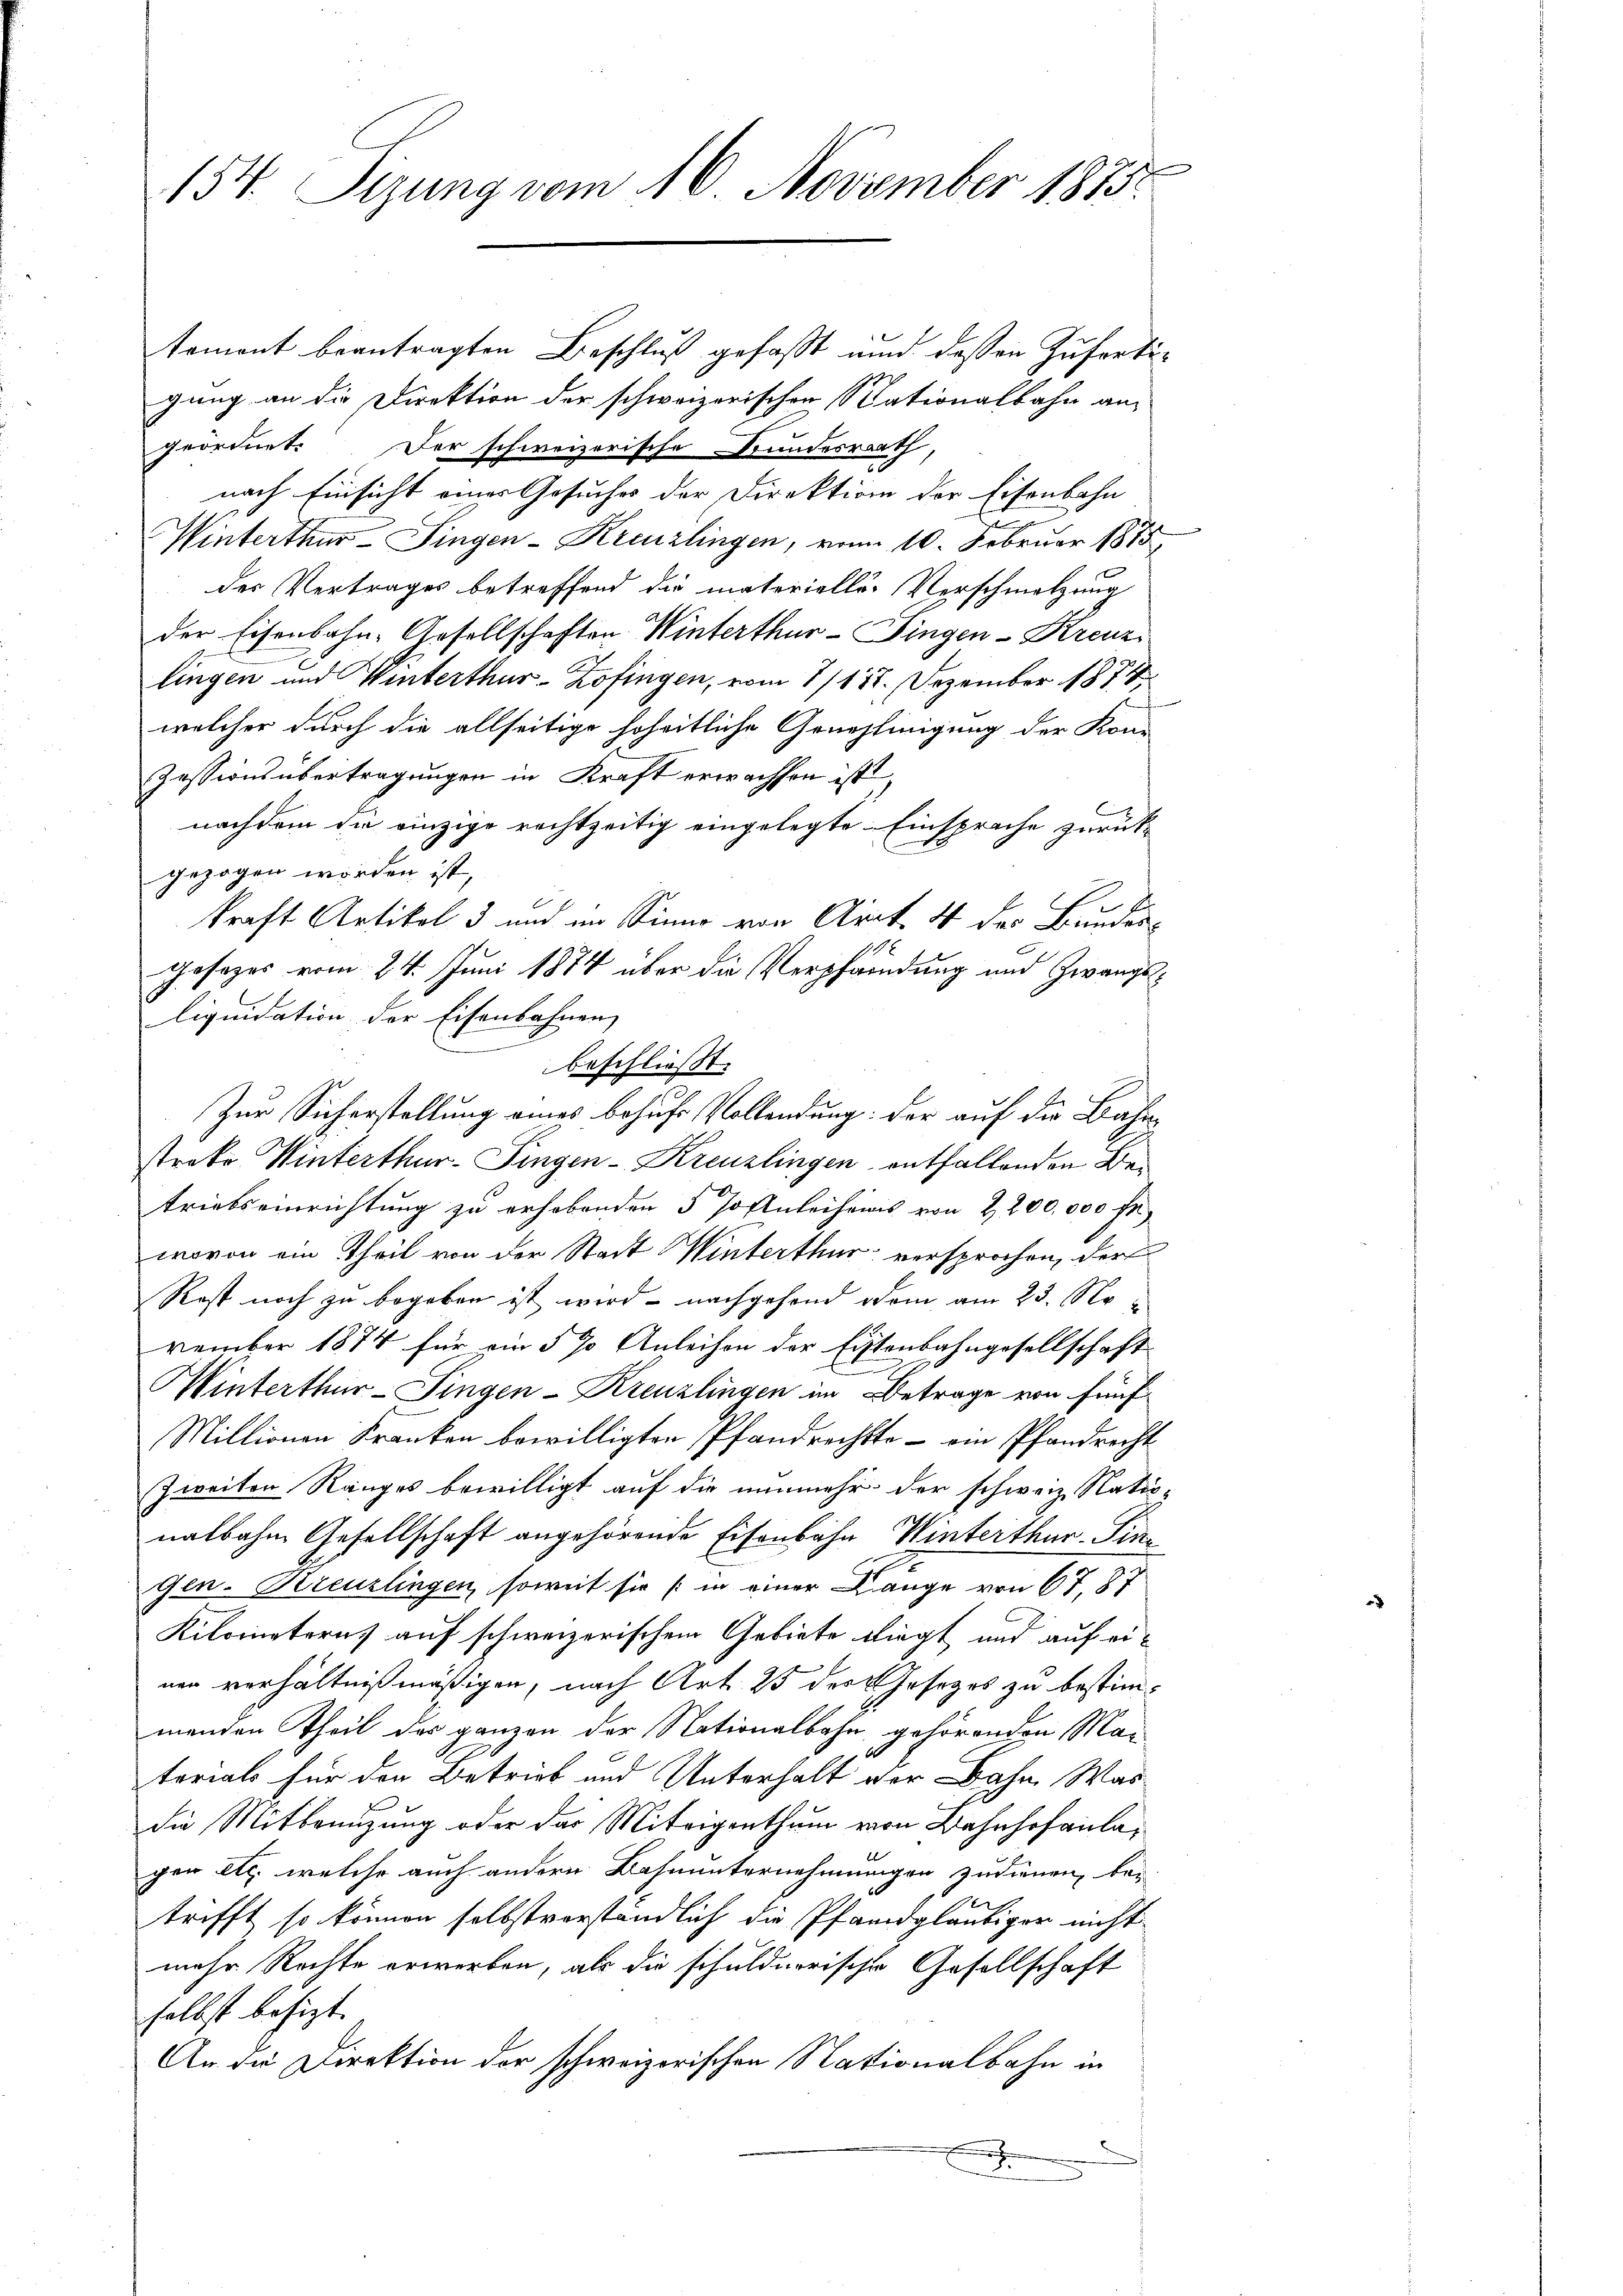
154. Sizung vom 16. November 1875.

temont beantragten Beschluß gefaßt und dessen Zufertigung an die Direktion der schweizerischen Stationalbahn an-
geordnet. Der schweizerische Bundesrath,
nach Einsicht einer Gesuches der Direktion der Eisenbahn
Winterthur–Singen-Kreuzlingen, vom 10. Februar 1875
der Vertrages betreffend die materielle Verschmitzung
der Eisenbahn-Gesellschaften Winterthur–Singen-Kreuzi
lingen und Winterthur–Zofingen, vom 1/118. Dezember 1874
welcher durch die allseitige hoheitliche Genehlinigung der Kon¬
Zessionsübertragungen in Kraft erwachsen ist,
nachdem die einzige rechtzeitig eingelegte Einsprache zurückgezogen worden ist,
kraft Artikel 3 und im Sinne von Art. 4 der Bundes-
Gesezes vom 24. Juni 1874 über die Verpfändung und Zwangsliquidation der Eisenbahnen,
e
Zur Sicherstellung eines behufs Vollendung: der auf die Bahn-
streke Winterthur-Fingen-Kreuzlingen entfallenden Betriebseinrichtung zu erhobenden 5 Pohnleihens von 2200,000 Fr
wovon ein Theil von der Stadt Winterthur versprochen, der
Rest noch zu begeben ist wird – nachgehend dem am 23. November 1874 für ein § 7 Anleihen der Eistenbahngesellschaft
Winterthur–Singen-Kreuzlingen im Betrage von fünf¬
Millionen Kranken bewilligten Pfandrechtte – ein Pfandrecht
Zweiten Ranges bewilligt auf die nunmehr der schweiz. Rati-
nalbahn Gesellschaft angehörende Eisenbahn Winterthur Sinn
Gen-Kreuzlingen, soweit sie (in einer Lange von 67, 87
Kilometern, auf schweizerischem Gebiete bliegt und auf einen verhältnißmäßigen, nach Art. 25 des Gesetzes zu bestimmenden Theil der ganzen der Nationalbahn gehörenden Materials für den Betrieb und Unterhalt der Bahn Was
die Mitbenutzung oder das Miteigenthum von Bahnhofanlagen etc. welche auch andern Bahnunternehmungen zudienen, be-
trifft, so können selbstverständlich die Pfandgläubiger nicht
mehr Rechte erwerben, als die schuldnerische Gesellschaft
selbst besizt.
An die Direktion der schweizerischen Nationalbahn in
x
.

beschließt: